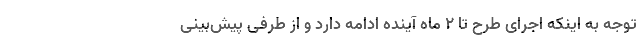
توجه به اینکه اجرای طرح تا ۲ ماه آینده ادامه ‌دارد و از طرفی پیش‌بینی